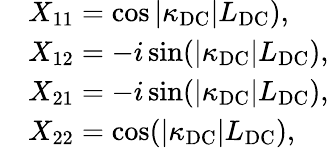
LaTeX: \begin{array}{rl}&{X_{11}=\cos|\kappa_{\mathrm{DC}}|L_{\mathrm{DC}}),}\\ &{X_{12}=-i\sin(|\kappa_{\mathrm{DC}}|L_{\mathrm{DC}}),}\\ &{X_{21}=-i\sin(|\kappa_{\mathrm{DC}}|L_{\mathrm{DC}}),}\\ &{X_{22}=\cos(|\kappa_{\mathrm{DC}}|L_{\mathrm{DC}}),}\end{array}